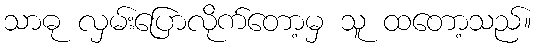
သာဓု လှမ်းပြောလိုက်တော့မှ သူ ထတော့သည်။